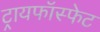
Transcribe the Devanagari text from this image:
ट्रायफॉस्फेट